65_HS1-834228961_62-HQ-83894_SUB_A
Agency: FBI
Page 106
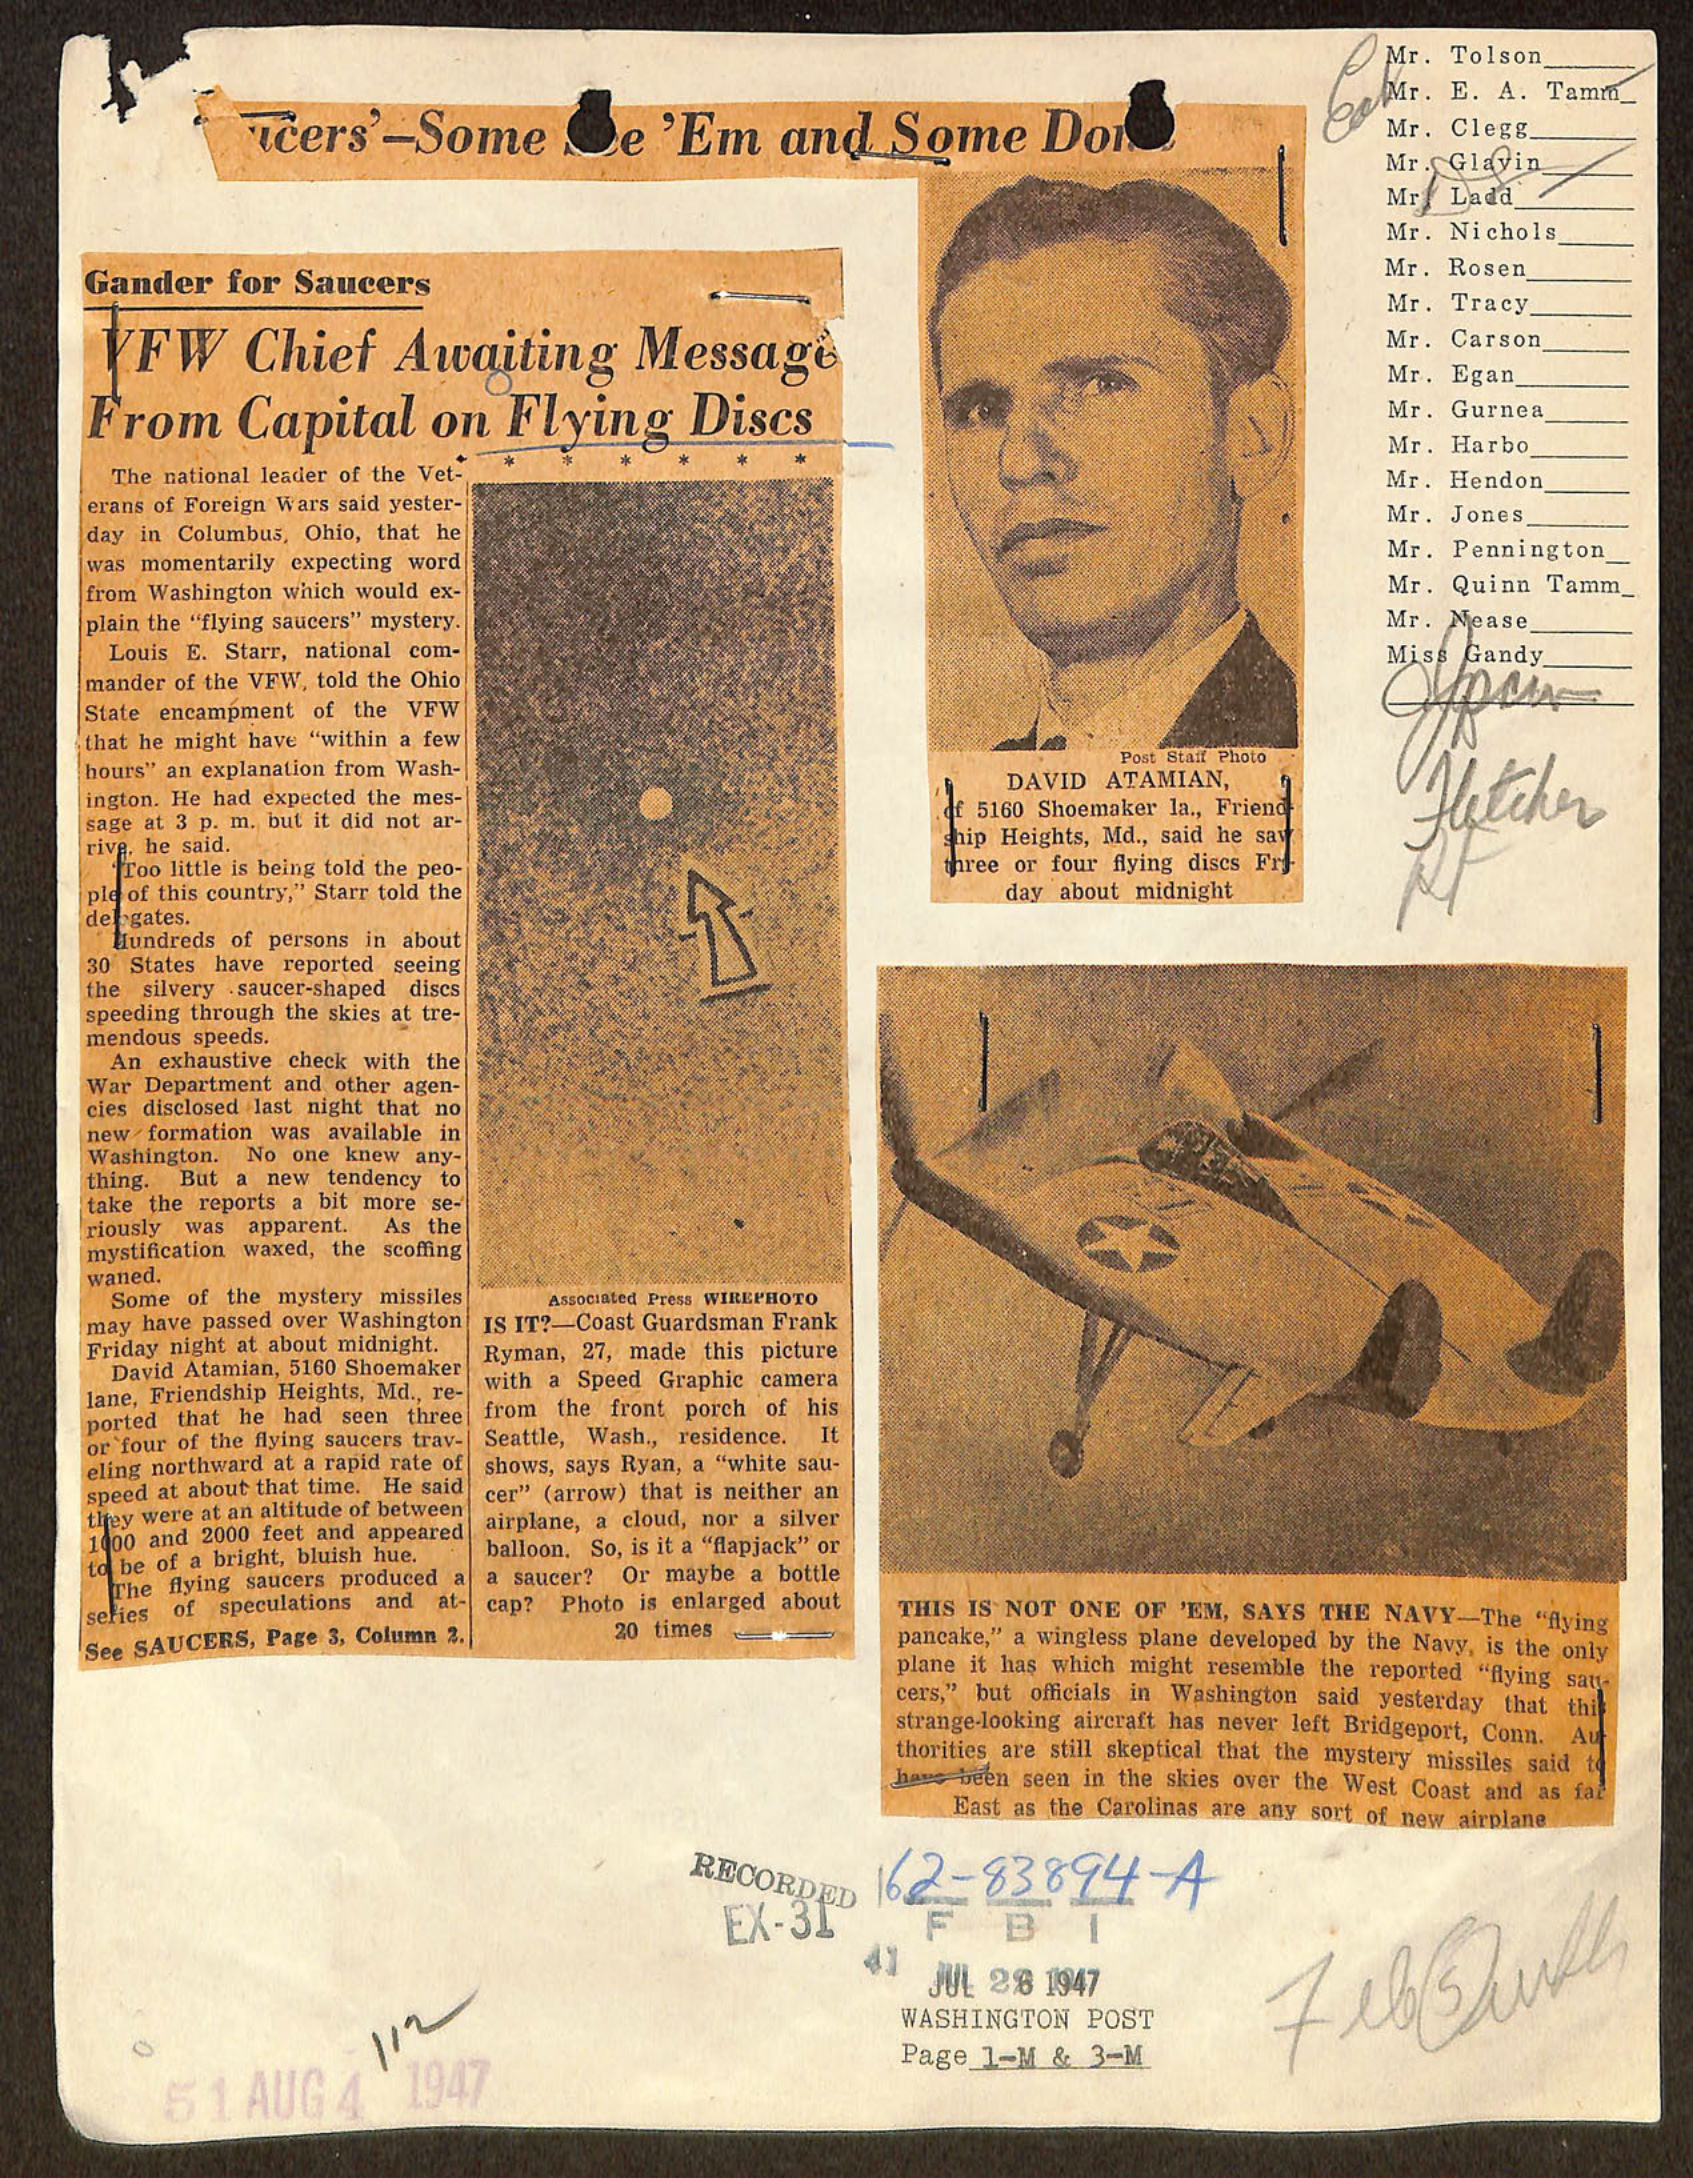